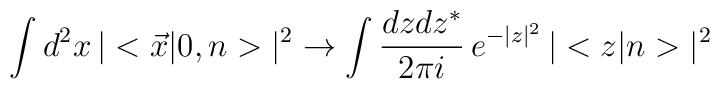
\int d^2x\, |<\vec{x}|0,n>|^2\to \int {dz dz^*\over 2\pi i}\, e^{-|z|^2}\, |<z|n>|^2